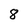
Character: 8